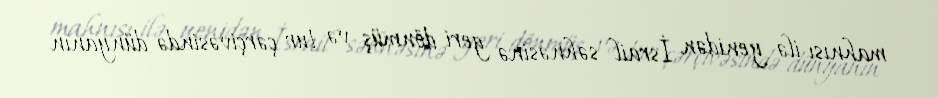
mahnısı ilə yenidən İsrail səhnəsinə geri dönmüş və tur çərçivəsində dünyanın